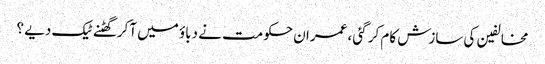
مخالفین کی سازش کام کر گئی ، عمران حکومت نے دباؤ میں آکر گھٹنے ٹیک دیے ؟